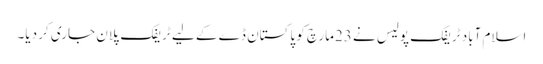
اسلام آباد ٹریفک پولیس نے 23مارچ کو پاکستان ڈے کے لیے ٹریفک پلان جاری کر دیا۔